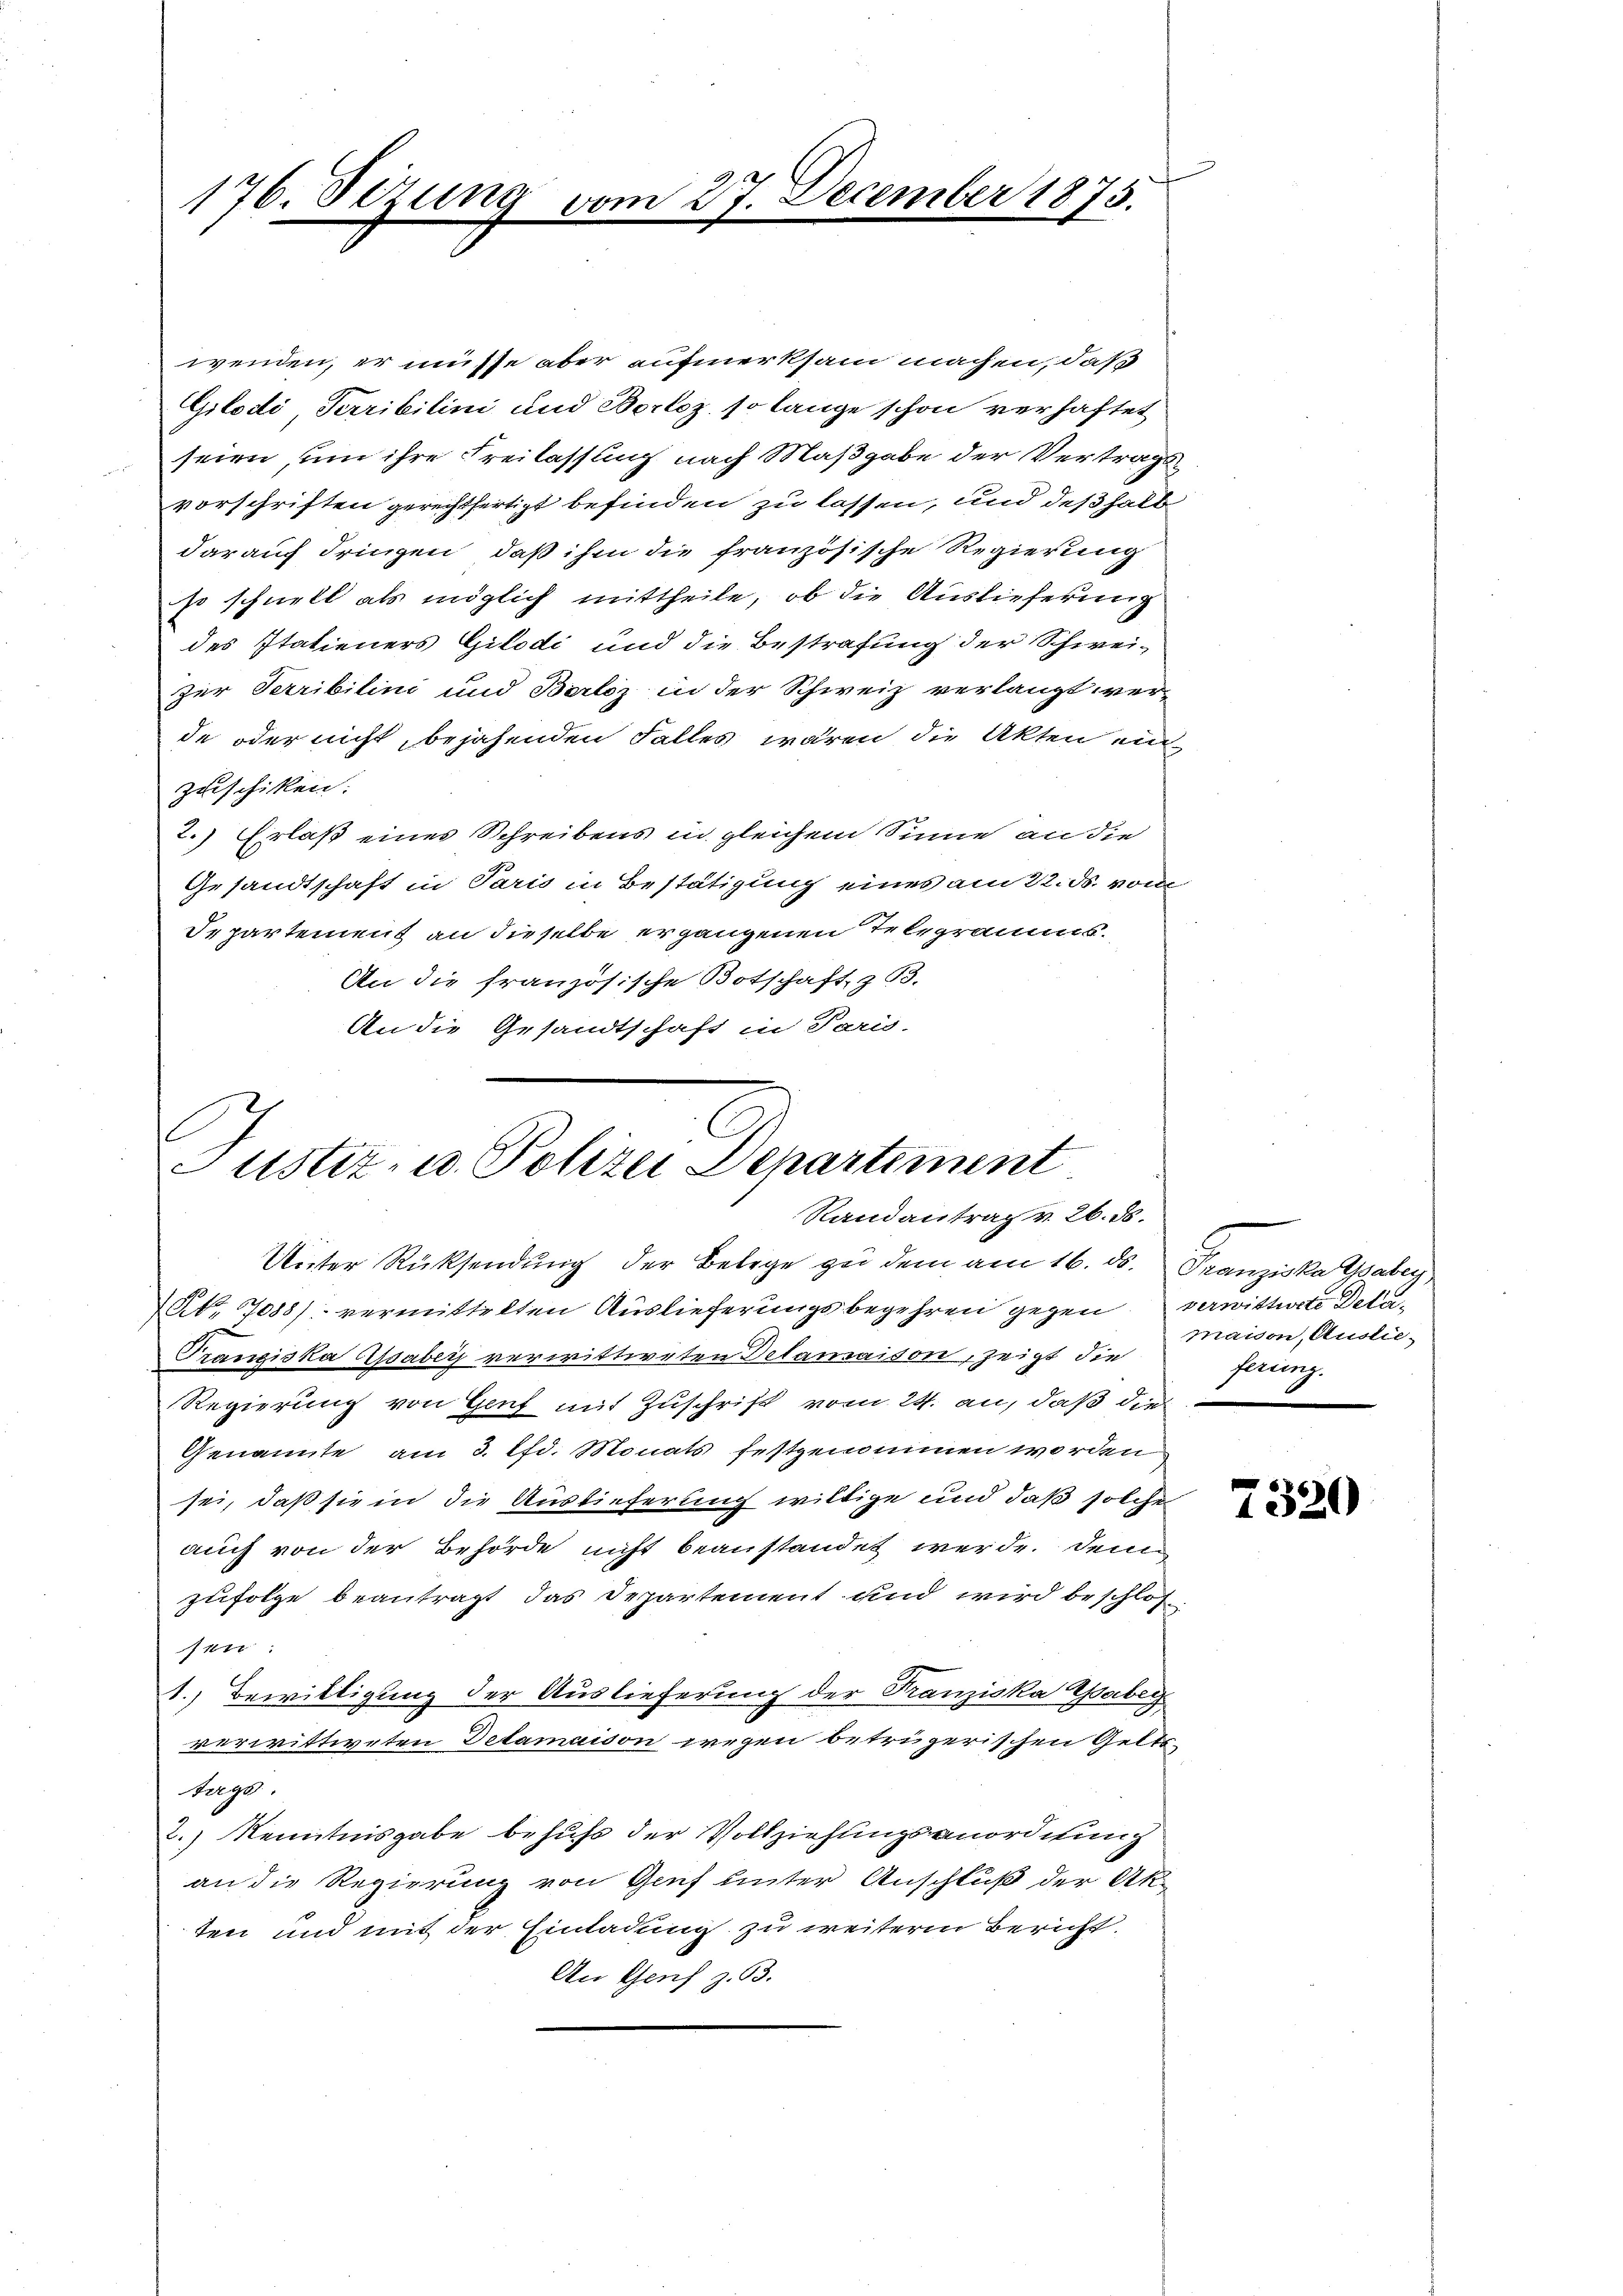
176. Sezung vom 27. December 1873.

wenden, er müsse aber aufmerksam machen, daß
Gilodi Terribilini und Bertoz, so lange schon verhaftet
seien, um ihre Freilassung nach Maßgabe der Vertragsvorschriften gerechtfertigt befinden zu lassen, und deßhalb
darauf dringen, daß ihm die französische Regierung
so schnell als möglich mittheile, ob die Auslieferung
des Italieners Gilodi und die Bestrafung der Schwei-
zur Terribilini und Berliz in der Schweiz verlangt ver-
de oder nicht, bejahenden Falles wären die Akten ei
zuschiken.
2.) Erlaß eines Schreibens in gleichem Sinne an die
Gesandtschaft in Paris in Bestätigung eines am 22. ds. vom
Separtement an dieselbe ergangenen Telegramms.
An die französische Botschaft, z. B.
An die Gesandtschaft in Paris-

C
Justiz- u. Polizei Departement
Randantrag v. 26. ds.

Unter Rücksendung der Belege zu dem am 16. ds. Franziska Gaber
t 1088/ vermittelten Auslieferungsbegehren gegen verwittwete Dela¬
Franziska Asaber verwittweten Delamaison, zeigt die
Regierung von Genf mit Zuschrift vom 24. an, daß die
Genannte am 3. lfd. Monats festgenommen worden
sei, daß sie in die Auslieferung willige und daß solche
auch von der Behörde nicht beanstandet werde. Denn
zufolge beantragt das Departement und wird beschlossen
1. Bewilligung der Auslieferung der Franziska Gabeg
verwittweten Detamaison wegen betrügerischen Gelts-
tags.
2.) Kenntnisgabe behufs der Vollziehungsanordnung
an die Regierung von Genf unter Anschluß der Ak-
ten und mit der Einladung zu weiterm Bericht.
An Genf z. 63.

maison, Auslieferung.
2

7320